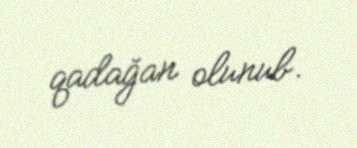
qadağan olunub.